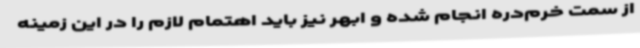
از سمت خرم‌دره انجام شده و ابهر نیز باید اهتمام لازم را در این زمینه